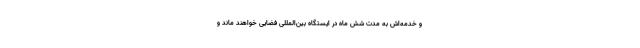
و خدمه‌اش به مدت شش ماه در ایستگاه بین‌المللی فضایی خواهند ماند و